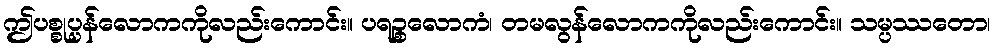
ဤပစ္စုပ္ပန်လောကကိုလည်းကောင်း။ ပရဉ္စလောကံ၊ တမလွန်လောကကိုလည်းကောင်း။ သမ္ပဿတော၊